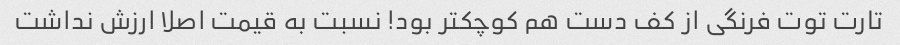
تارت توت فرنگی از کف دست هم کوچکتر بود! نسبت به قیمت اصلا ارزش نداشت